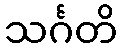
သင်္ဂတိ